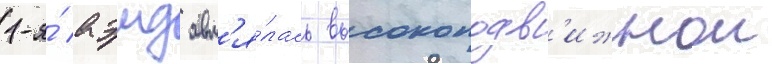
1-я́ аэмд явл'я́лась высокоподв'ижнои